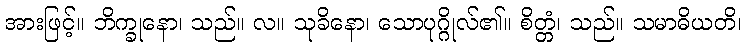
အားဖြင့်။ ဘိက္ခုနော၊ သည်။ လ။ သုခိနော၊ သောပုဂ္ဂိုလ်၏။ စိတ္တံ၊ သည်။ သမာဓိယတိ၊